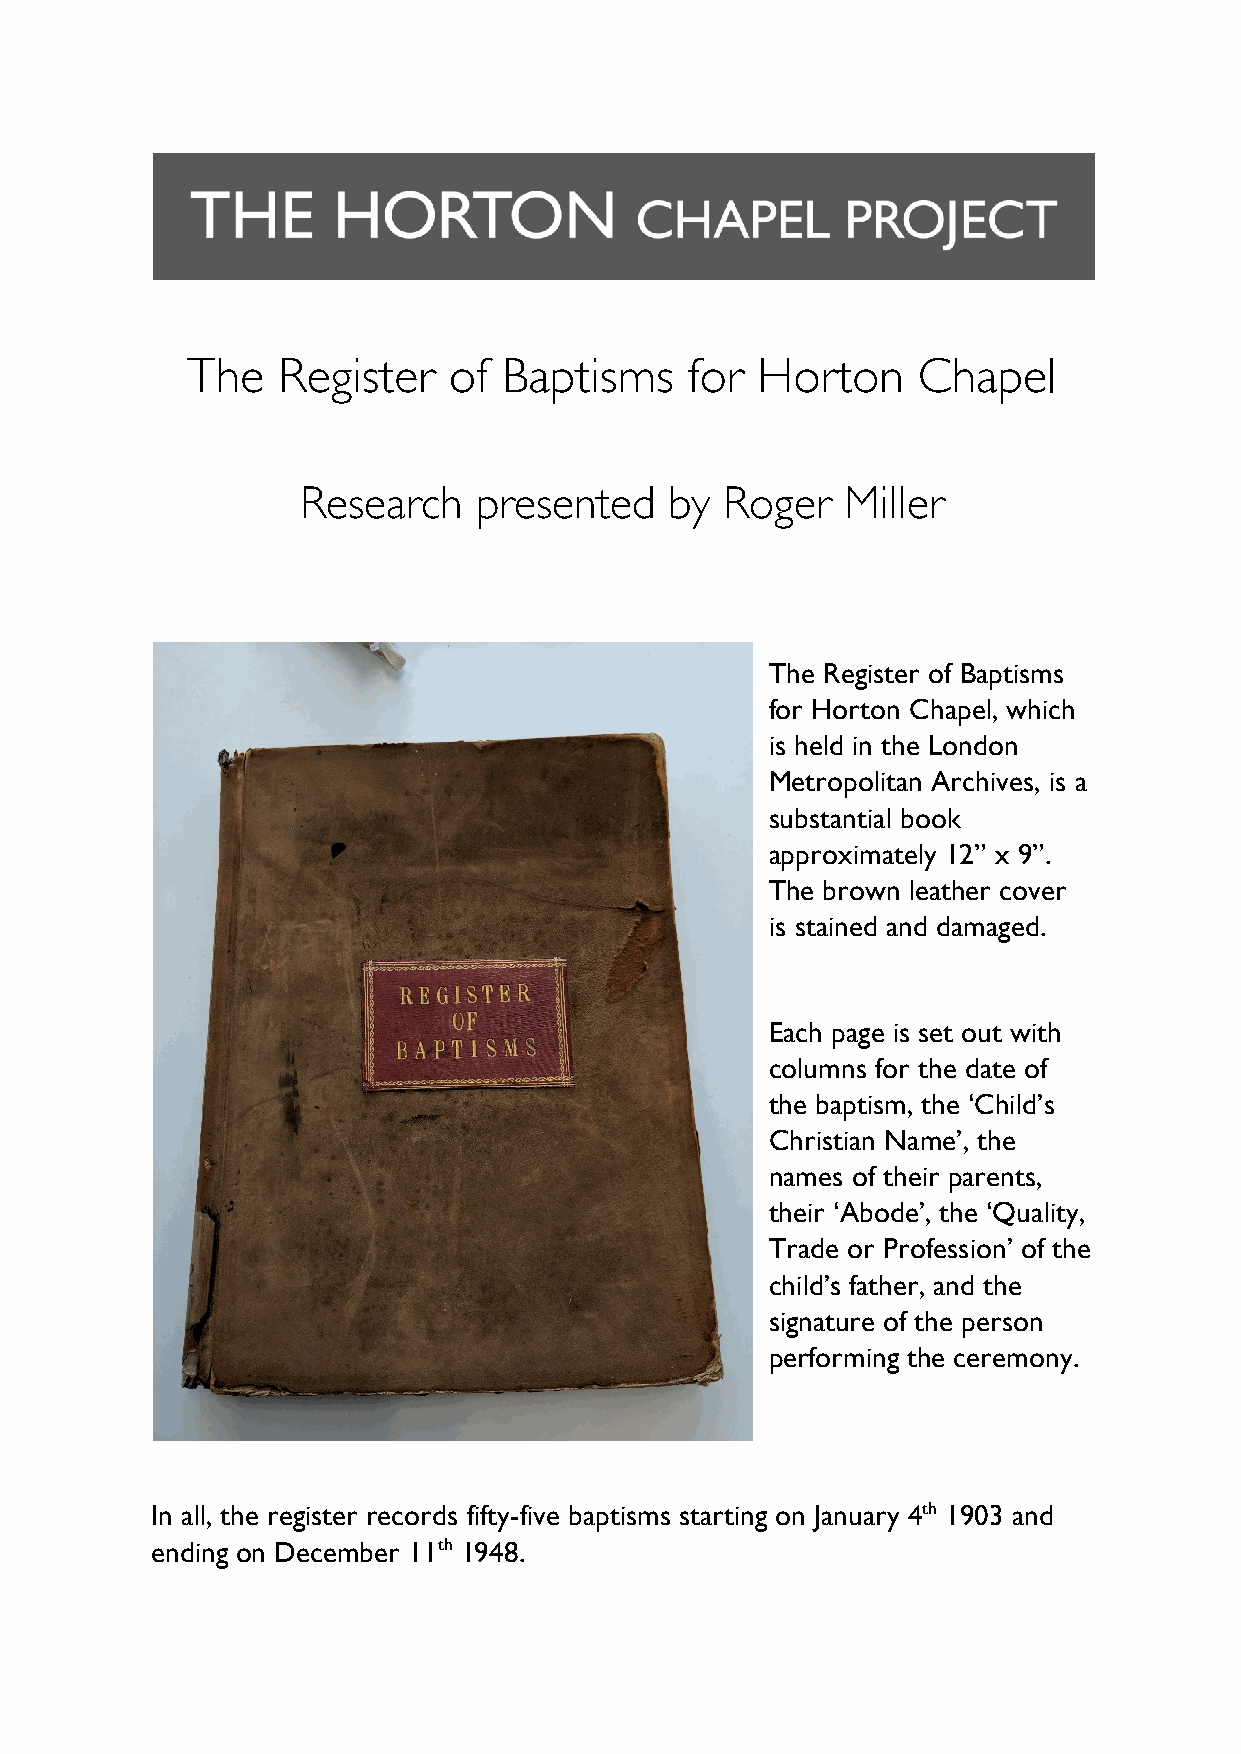
The   Register    of Baptisms     for Horton     Chapel
 Research   presented    by  Roger   Miller
 The Register of Baptisms
 for Horton Chapel, which
 is held in the London
 Metropolitan Archives, is a
 substantial book
 approximately 12” x 9”.
 The brown leather cover
 is stained and damaged.
 Each page is set out with
 columns for the date of
 the baptism, the ‘Child’s
 Christian Name’, the
 names of their parents,
 their ‘Abode’, the ‘Quality,
 Trade or Profession’ of the
 child’s father, and the
 signature of the person
 performing the ceremony.
 In all, the register records fifty-five baptisms starting on January 4th 1903 and
 ending on December 11th 1948.